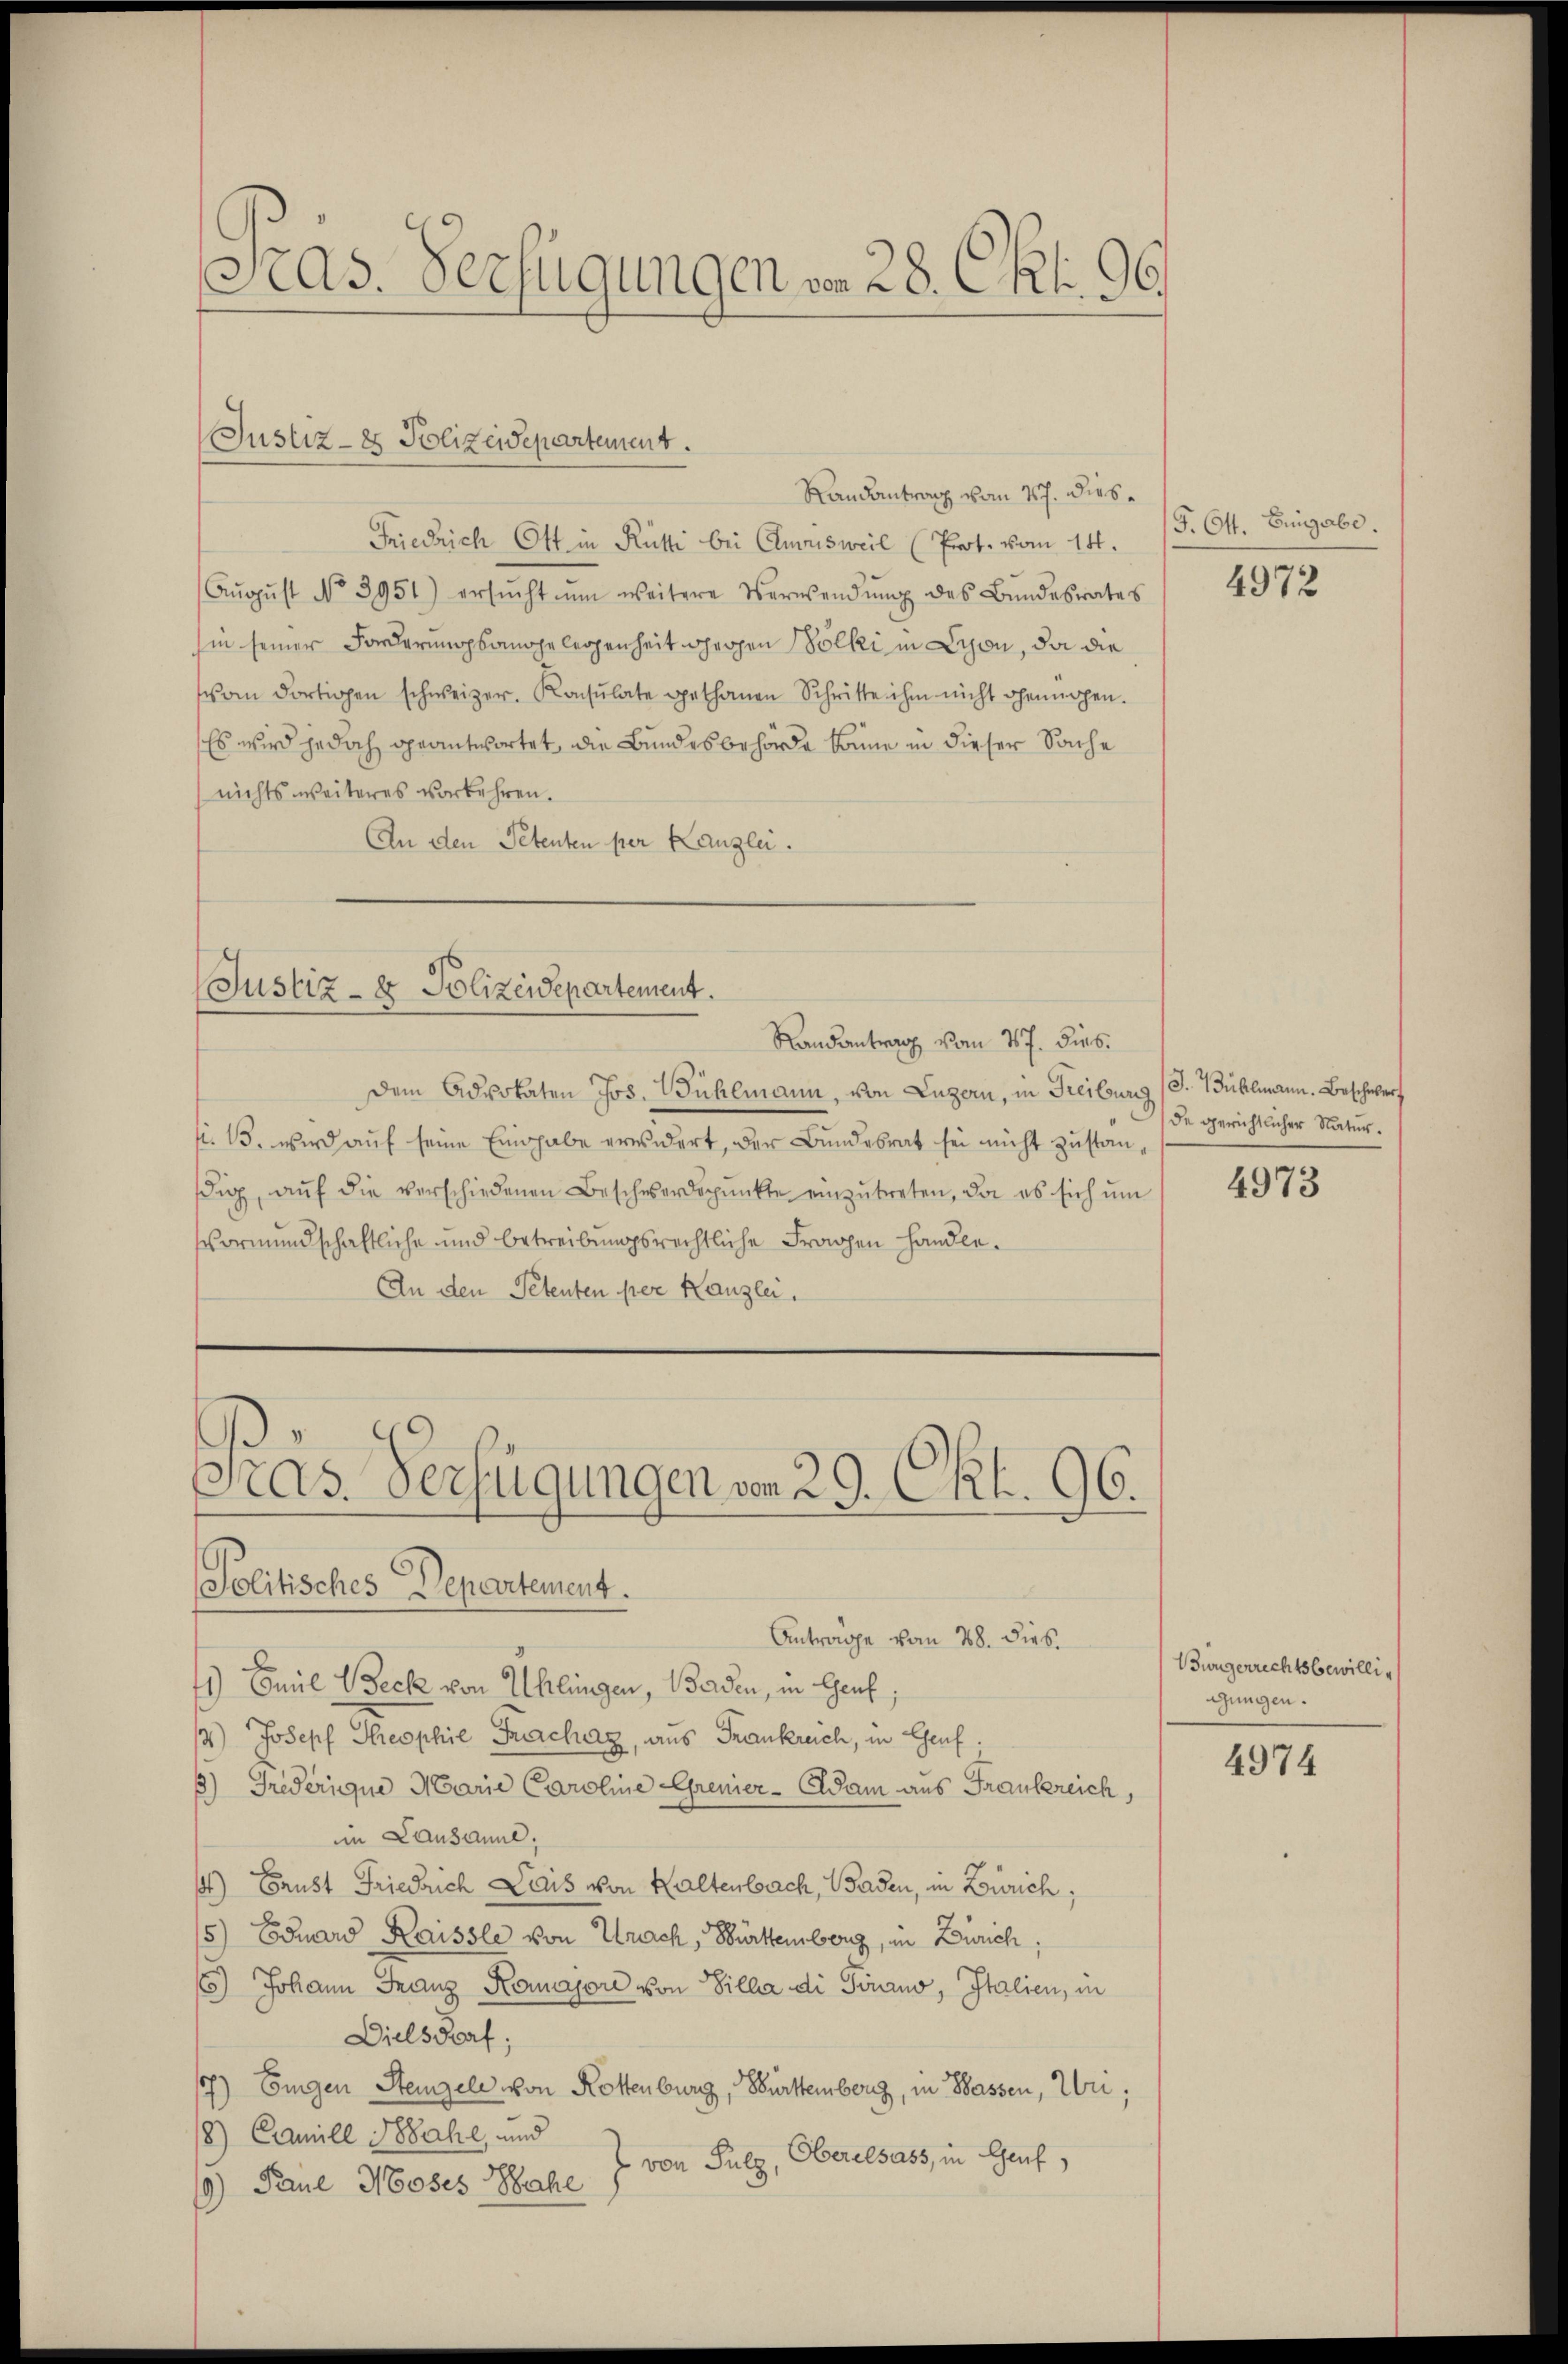
Gras. Verfügungen von 28. Okt. 96.

Randantrag vom 17. dies¬
Friedrich Ott in Rüti bei Clurisweil (Prot. vom 14.
Aŭgŭst No 3951) ersŭcht ŭm weitere Verwendŭng des Bŭndesrates
hin seiner Forderungsangelegenheit gegen Völki in Lyon, da die
om dortigen schweizer. Konsulate gethanen Schritte ihm nicht genügen.
Es wird jedoch geantwortet, die Bundesbehörde könne in dieser Sache
nichts weiteres vorkehren.
An den Petenten per Kanzlei.
Dem Advokaten Jos. Bühlmann, von Luzern, in Freiburg (S. Bühlmann. Beschwerf
si. B. wird auf seine Einhabe erwidert, der Bundesrat sei nicht zuständig, aŭf die verschiedenen Bescheerdspŭnkte einzŭtreten, da es sich ŭm
Vormundschaftliche und betreibungsrechtliche Fragen handle.
An den Petenten per Kanzlei.
Gras Verfügungen von 29. Okt. 196.
Politisches Departement.
Anträge vom 28. dies
Es Emil Beck von Uhlingen, Baden, in Genf;
3) Joseph Theophie Frachag, aus Frankreich, in Genf.
3) Griderique Marie Caroline Grenier - Adam aus Frankreich,
in Lausanne;
) Brust Friedrich Lais von Kaltenbach, Baden, in Zürich;
5) Eduard Raissle von Urach, Württemberg, in Zürich,
5) Johann Franz Karajori von Villa di Pönano, Italien, in
Dielsdorf;
7) Eigen Steigel von Rottenburg, Württemberg, in Wassen, Uri,
18) Camill Wahl, und
t von Sulz, Oberalsass, in Genf,
9) Paul Moses Wahl

Justiz- & Polizeidepartement.

Justiz- & Polizeidepartement.
Randantrag vom 17. dies

G. Ott. Eingabe.
4972

de gerichtlicher Natur.

4973

Bürgerrechtsbewillig
gungen.

4974